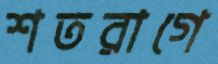
শতরাগে